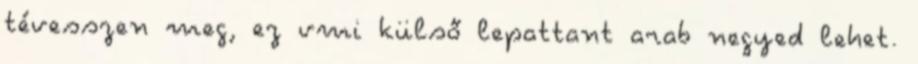
tévesszen meg, ez vmi külső lepattant arab negyed lehet.